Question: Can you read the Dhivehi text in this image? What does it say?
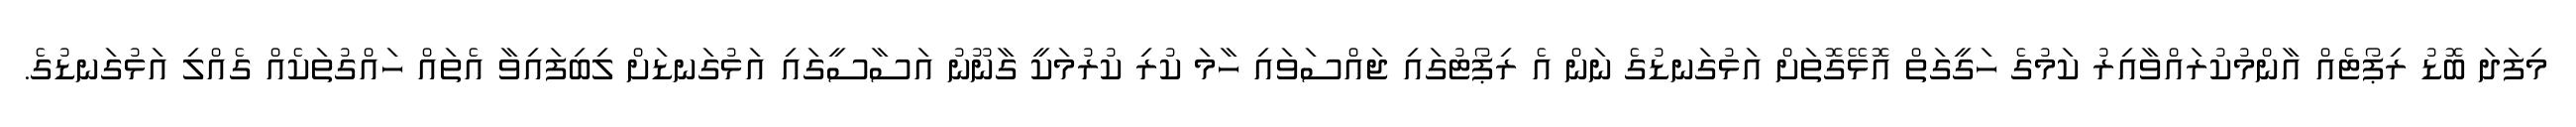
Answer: މިފަދަ ބޮޑު ރިޕޯޓެއް އާންމުކުރައްވާއިރު ކަމުގެ ހަގީގަތް އޮޅޭގޮތަށް އަޅުގަނޑުގެ ނަން އެ ރިޕޯޓުގައި ޖައްސަވައި ހާމަ ކުރި ކުރުމަކީ ގާނޫނު އަސާސީގައި އަޅުގަނޑަށް ލިބިފައިވާ އެތައް ހައްގުތަކެއް ގެއްލި އަޅުގަނޑުގެ.